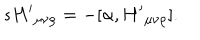
LaTeX: s { H ^ { \prime } } _ { \mu \nu \rho } = - [ \alpha , { H ^ { \prime } } _ { \mu \nu \rho } ] .